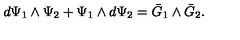
d \Psi _ { 1 } \wedge \Psi _ { 2 } + \Psi _ { 1 } \wedge d \Psi _ { 2 } = \bar { G } _ { 1 } \wedge \bar { G } _ { 2 } .